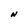
Character: N